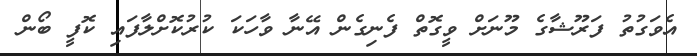
އެވަގުތު ފަރޫޝާގެ މޫނަށް ވީގޮތް ފެނިގެން އޭނާ ވާހަކަ ކުރުކޮށްލާފައި ކޮފީ ބޯން